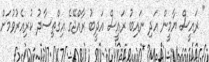
" ރައީސް ޔާމީން އަދި ނައިބު ރައީސް އަދީބު ރާއްޖޭގެ އިގްތިސާދު ކުރިއެރުވުމަށް